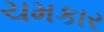
ચમકાર